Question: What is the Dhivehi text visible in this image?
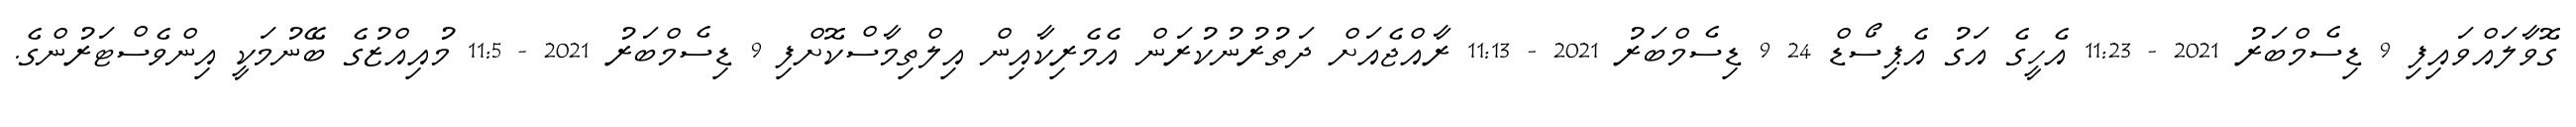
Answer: ގޮވާލައްވައިފި 9 ޑިސެމްބަރު 2021 - 11:23 އެހީގެ އަގު އެޕިސޯޑް 24 9 ޑިސެމްބަރު 2021 - 11:13 ރާއްޖެއަށް ދަތުރުނުކުރަން އެމެރިކާއިން އިލްތިމާސްކޮށްފި 9 ޑިސެމްބަރު 2021 - 11:5 މުއިއްޒުގެ ބޭނުމަކީ އިންވެސްޓަރުންގެ.